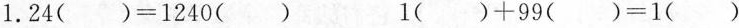
1.$$2 4 ( ) = 1 2 4 0 ( )$$$$ 1 ( ) + 9 9 ( ) = 1 ( )$$